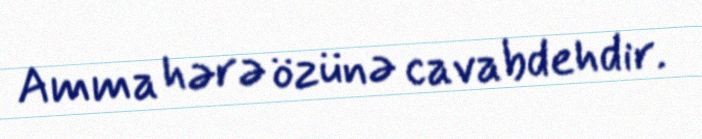
Amma hərə özünə cavabdehdir.